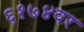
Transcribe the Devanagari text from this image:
६१७४वर